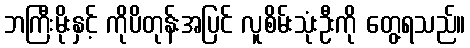
ဘကြီးမိုးနှင့် ကိုပိတုန်းအပြင် လူစိမ်းသုံးဦးကို တွေ့ရသည်။